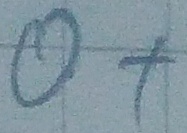
Text: O+